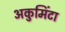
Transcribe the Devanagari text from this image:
अकुमिंटा